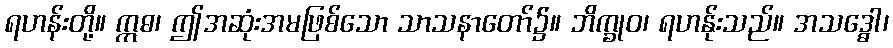
ရဟန်းတို့။ ဣဓ၊ ဤအဆုံးအမဖြစ်သော သာသနာတော်၌။ ဘိက္ခုဝ၊ ရဟန်ုးသည်။ အသဒ္ဓေါ၊